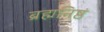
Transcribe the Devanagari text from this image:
ब्रह्मनिष्ठं